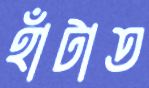
হাঁটাত